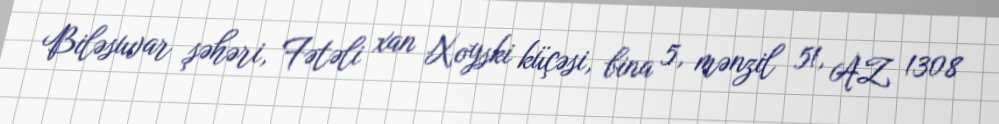
Biləsuvar şəhəri, Fətəli xan Xoyski küçəsi, bina 5, mənzil 51, AZ 1308